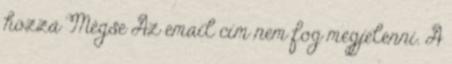
hozzá Mégse Az email cím nem fog megjelenni. A